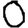
Digit: 0